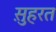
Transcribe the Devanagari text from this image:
स़ुहरत